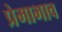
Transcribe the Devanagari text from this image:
प्रेमाभाव